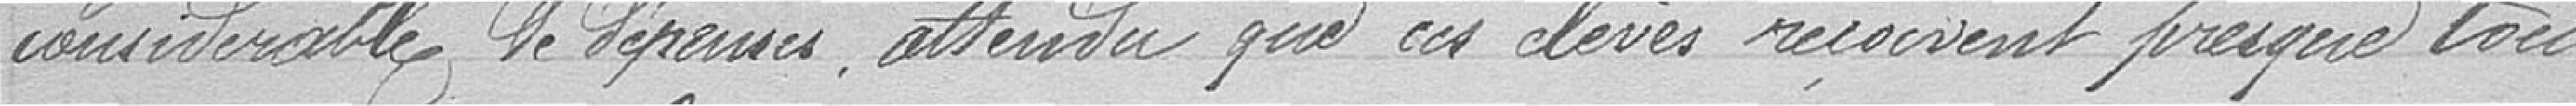
considérable de dépenses, attendu que ces élèves reçoivent presque tout